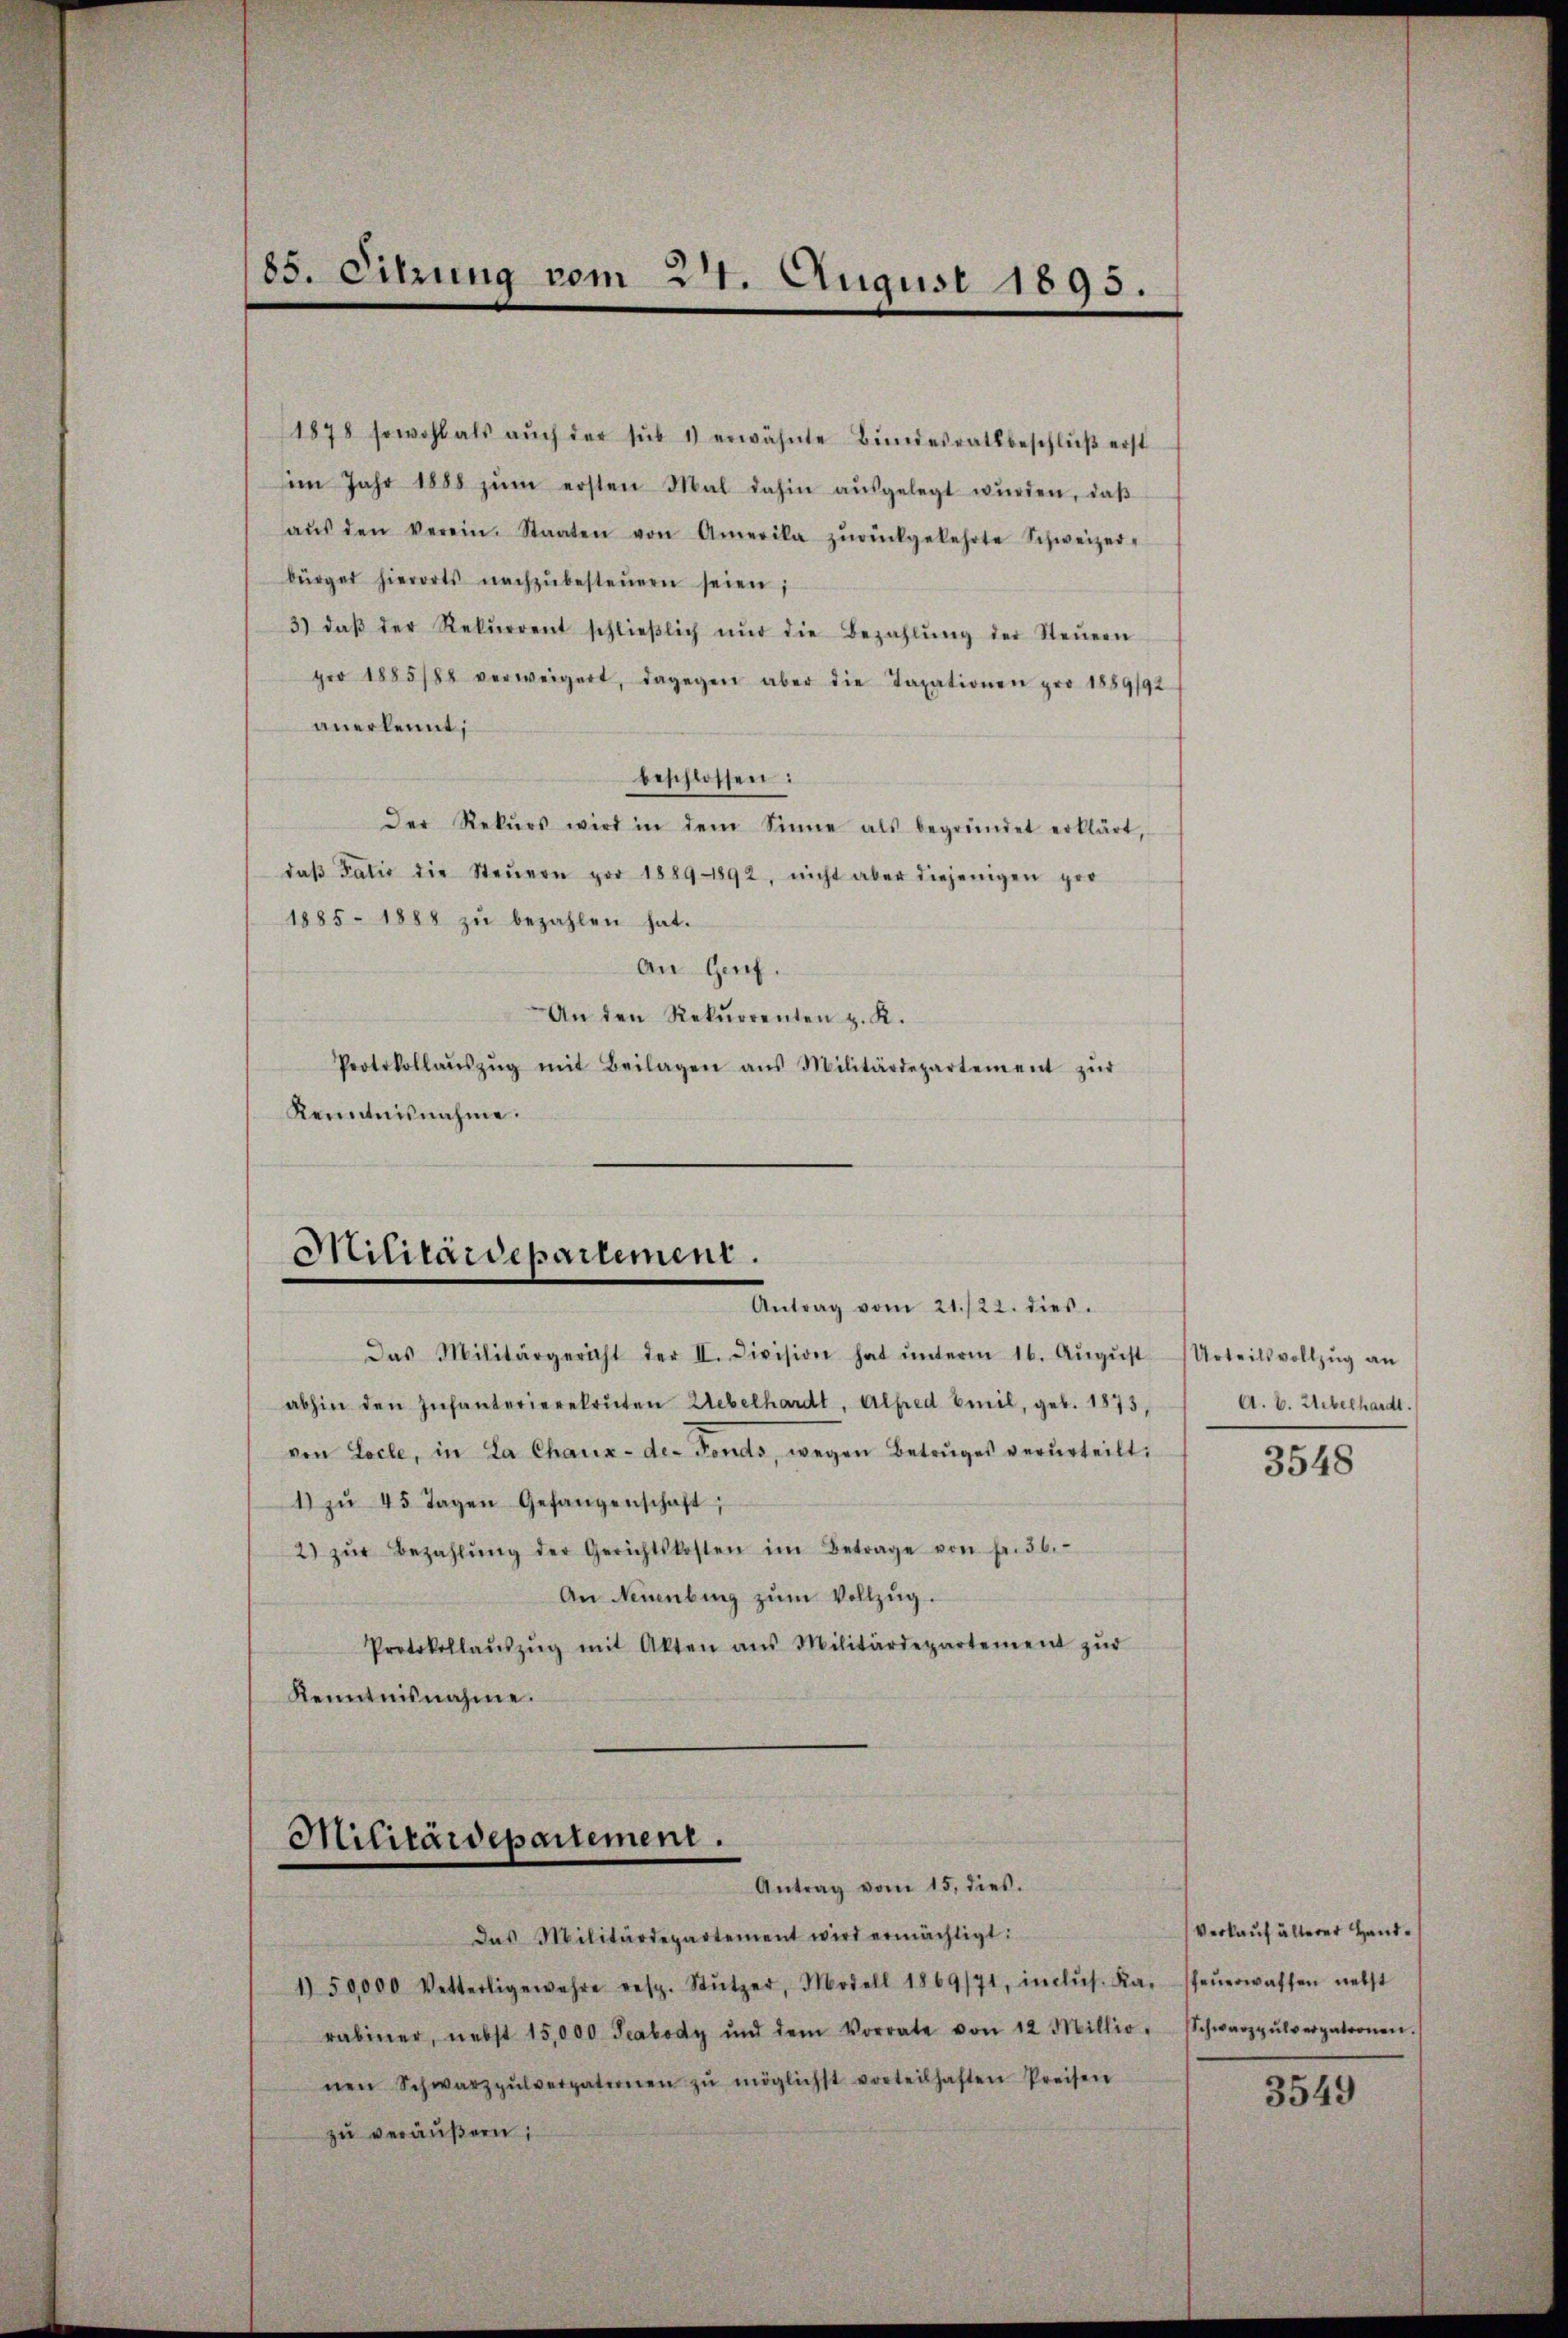
1878 sowohl als aŭch der sub 1) erwähnte Bŭndesrathbeschlŭβ erst
im Jahr 1888 zŭm ersten Mal dahin aŭsgelegt wŭrden, daβ
aŭs den Verein. Staaten von Amerika zŭrückgekehrte Schweizer-
bürger hierorts nachzŭbesteŭern seien;
3) daβ der Rekŭrrent schlieβlich nŭr die Bezahlŭng der Steŭern
pro 1885/84 verweigert, dagegen aber die Taxationen pro 1889/92
anerkennt;
beschlossen:
Der Rekŭrs wird in dem Sinne als begründet erklärt,
daβ Fatio die Steŭern vor 1889 - 1892, nicht aber diejenigen pro
1885 - 1888 zŭ bezahlen hat.
An Genf.
An den Rekurrenten z. K.
Protokollaŭszŭg mit Beilagen ans Militärdepartement zŭr
Kenntnisnahme.

85. Sitzung vom 27. August 1895.

Militärdepartement.
Antrag vom 21./22. dies

Das Militärgericht der II. Civision hat ŭnterm 16. Aŭgŭst Urteilsvollzŭg an
abhin den Infanterierekruten Uebelhardt, Alfred Emil, geb. 1873,
von Loche, in La Chaux-de-Fonds, wegen Betruges verurteilt.
1) zŭ 45 Tagen Gefangenschaft;
2) zŭr Bezahlŭng der Gerichtskosten im Betrage von fr. 36.
An Neuenburg zŭm Vollzug.
Protokollaŭszŭg mit Akten aus Militärdepartement zŭr
Kenntnisnahme.

Militärdepartement.
Antrag vom 15. dies.

das Militärdepartement wird ermächtigt:
1) 50,000 Vetterligewahre resp. Stützer, Modell 1869/71, inclŭs. Kasteŭerwassen nebst
rabiner, nebst 15,000 Teabody und dem Vorrate von 12 Millio. Schwarzgŭlverpatronen.
nen Schwarzpŭlverpaternen zŭ möglichst vorteilhaften Preisen
zŭ veräŭβern;

A. B. Uebelhardt.

3548

Verkauf älterer Hand¬

3549